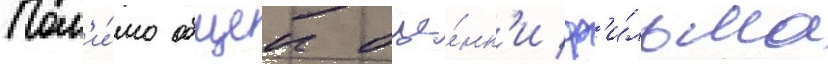
Пом'и́мо общеи оце́нк'и ф'и́льма